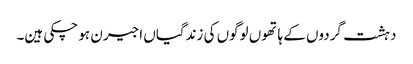
دہشت گردوں کے ہاتھوں لوگوں کی زندگیاں اجیرن ہو چکی ہین۔